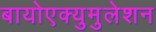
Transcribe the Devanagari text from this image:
बायोएक्युमुलेशन